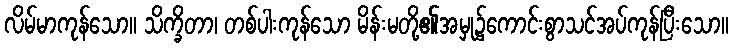
လိမ်မာကုန်သော။ သိက္ခိတာ၊ တစ်ပါးကုန်သော မိန်းမတို့၏အမှု၌ကောင်းစွာသင်အပ်ကုန်ပြီးသော။